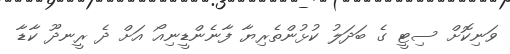
ވަނިކޮށް ސިޓީ ގެ ބަދަލު ކުޅުންތެރިޔާ ފާނެންޑީނިއޯ އަށް ދެ ރީނދޫ ކާޑާ